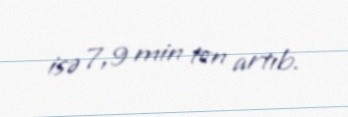
isə 7,9 min ton artıb.